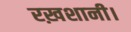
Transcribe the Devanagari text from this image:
रख़शानी।